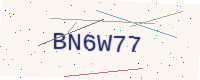
Text: BN6W77